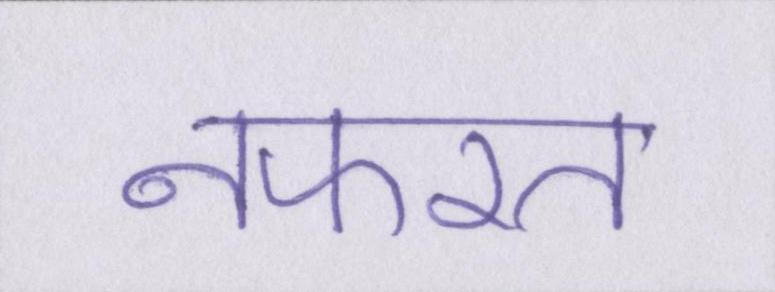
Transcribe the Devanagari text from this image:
नफरत